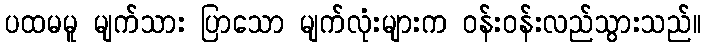
ပထမမူ မျက်သား ပြာသော မျက်လုံးများက ဝန်းဝန်းလည်သွားသည်။